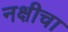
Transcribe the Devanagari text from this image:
नक्षीचा